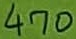
Text: 470